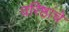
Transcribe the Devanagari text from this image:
वरिष्ठांचे